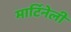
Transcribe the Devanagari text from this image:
मार्टिनेली